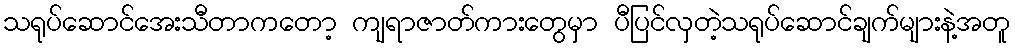
သရုပ်ဆောင်အေးသီတာကတော့ ကျရာဇာတ်ကားတွေမှာ ပီပြင်လှတဲ့သရုပ်ဆောင်ချက်များနဲ့အတူ